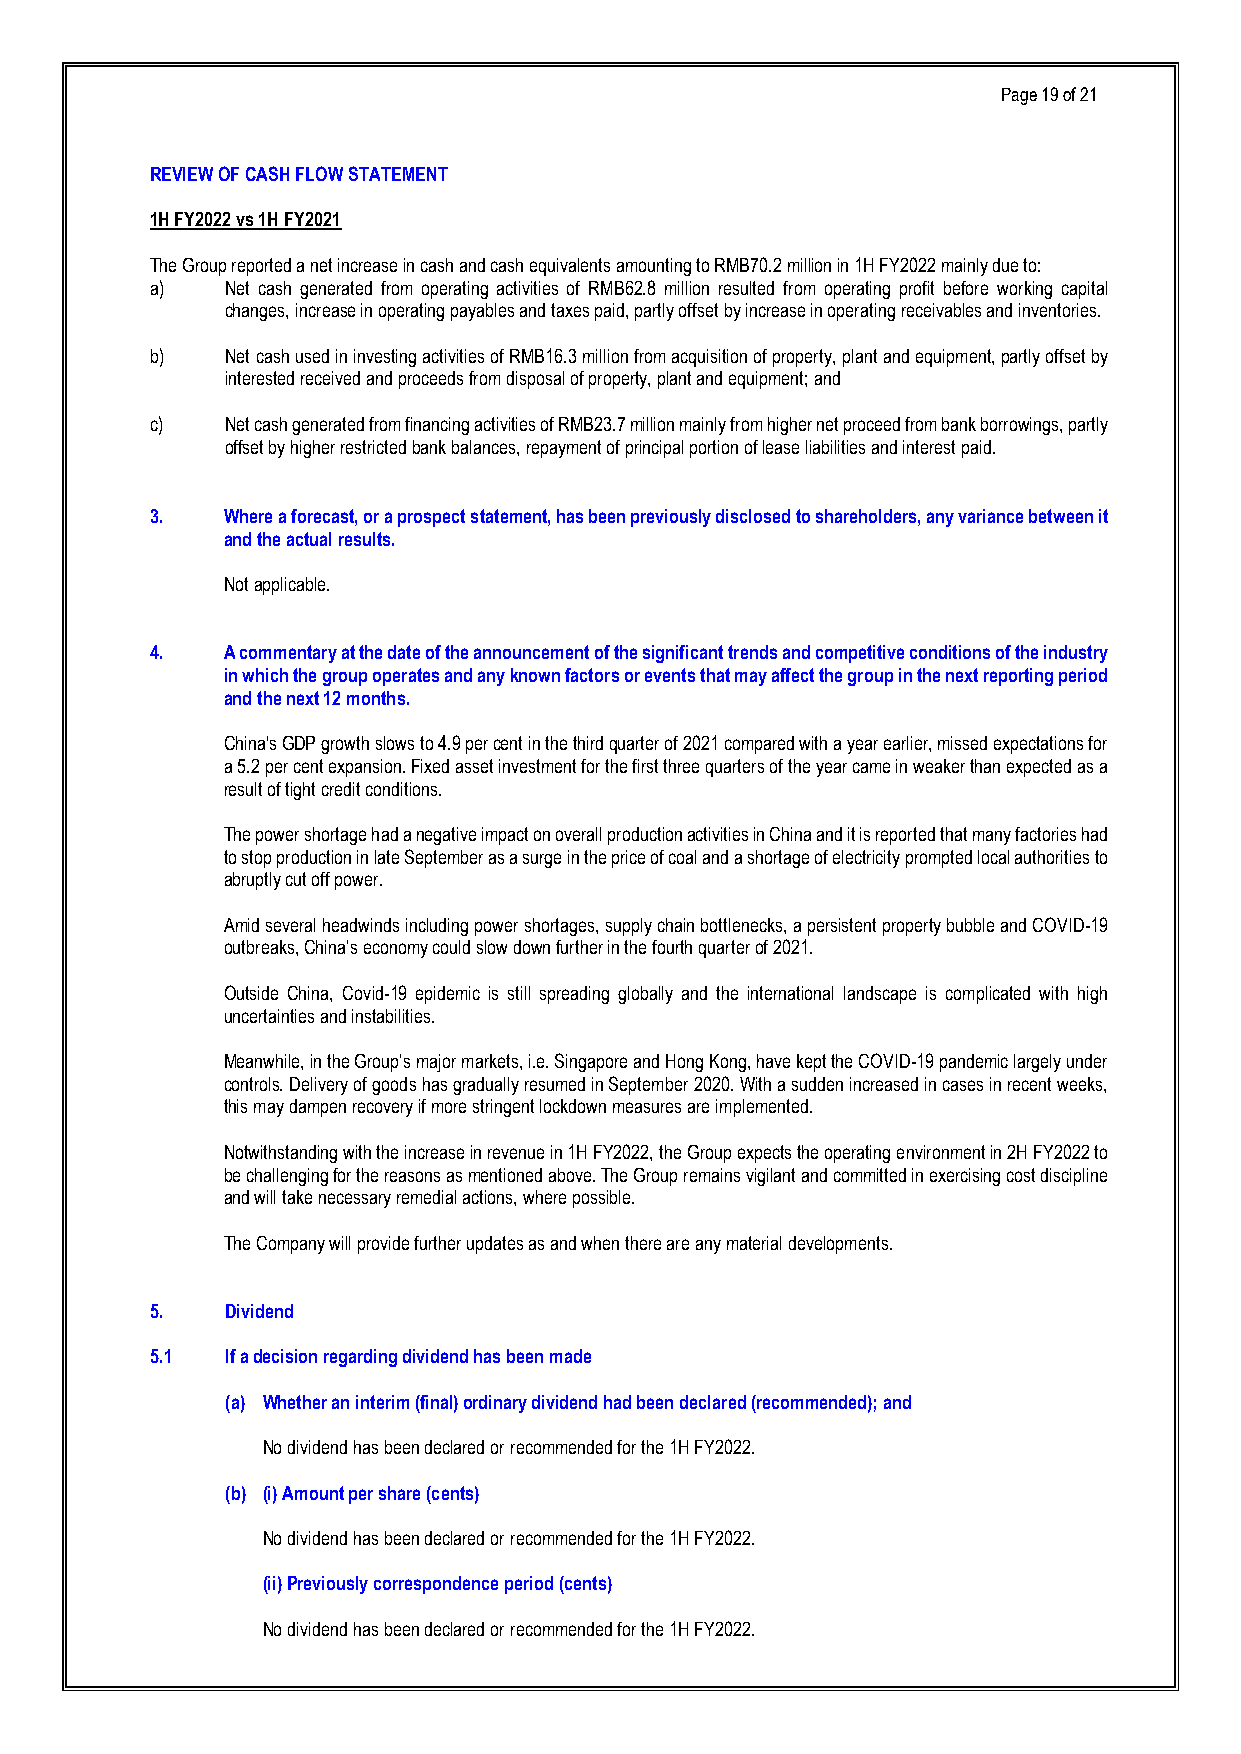
Page 19 of 21
 REVIEW OF CASH FLOW STATEMENT
 1H FY2022 vs 1H FY2021
 The Group reported a net increase in cash and cash equivalents amounting to RMB70.2 million in 1H FY2022 mainly due to:
 a)   Net cash generated from operating activities of RMB62.8 million resulted from operating profit before working capital
 changes, increase in operating payables and taxes paid, partly offset by increase in operating receivables and inventories.
 b)   Net cash used in investing activities of RMB16.3 million from acquisition of property, plant and equipment, partly offset by
 interested received and proceeds from disposal of property, plant and equipment; and
 c)   Net cash generated from financing activities of RMB23.7 million mainly from higher net proceed from bank borrowings, partly
 offset by higher restricted bank balances, repayment of principal portion of lease liabilities and interest paid.
 3.   Where a forecast, or a prospect statement, has been previously disclosed to shareholders, any variance between it
 and the actual results.
 Not applicable.
 4.   A commentary at the date of the announcement of the significant trends and competitive conditions of the industry
 in which the group operates and any known factors or events that may affect the group in the next reporting period
 and the next 12 months.
 China's GDP growth slows to 4.9 per cent in the third quarter of 2021 compared with a year earlier, missed expectations for
 a 5.2 per cent expansion. Fixed asset investment for the first three quarters of the year came in weaker than expected as a
 result of tight credit conditions.
 The power shortage had a negative impact on overall production activities in China and it is reported that many factories had
 to stop production in late September as a surge in the price of coal and a shortage of electricity prompted local authorities to
 abruptly cut off power.
 Amid several headwinds including power shortages, supply chain bottlenecks, a persistent property bubble and COVID-19
 outbreaks, China’s economy could slow down further in the fourth quarter of 2021.
 Outside China, Covid-19 epidemic is still spreading globally and the international landscape is complicated with high
 uncertainties and instabilities.
 Meanwhile, in the Group’s major markets, i.e. Singapore and Hong Kong, have kept the COVID-19 pandemic largely under
 controls. Delivery of goods has gradually resumed in September 2020. With a sudden increased in cases in recent weeks,
 this may dampen recovery if more stringent lockdown measures are implemented.
 Notwithstanding with the increase in revenue in 1H FY2022, the Group expects the operating environment in 2H FY2022 to
 be challenging for the reasons as mentioned above. The Group remains vigilant and committed in exercising cost discipline
 and will take necessary remedial actions, where possible.
 The Company will provide further updates as and when there are any material developments.
 5.   Dividend
 5.1  If a decision regarding dividend has been made
 (a) Whether an interim (final) ordinary dividend had been declared (recommended); and
 No dividend has been declared or recommended for the 1H FY2022.
 (b) (i) Amount per share (cents)
 No dividend has been declared or recommended for the 1H FY2022.
 (ii) Previously correspondence period (cents)
 No dividend has been declared or recommended for the 1H FY2022.